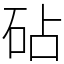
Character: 砧